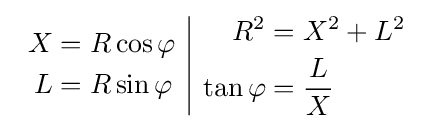
{\begin{array}{c|c}{\begin{aligned}X&=R\cos \varphi \\L&=R\sin \varphi \end{aligned}}&{\begin{aligned}R^{2}&=X^{2}+L^{2}\\\tan \varphi &={\frac {L}{X}}\end{aligned}}\end{array}}